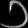
Digit: ၁